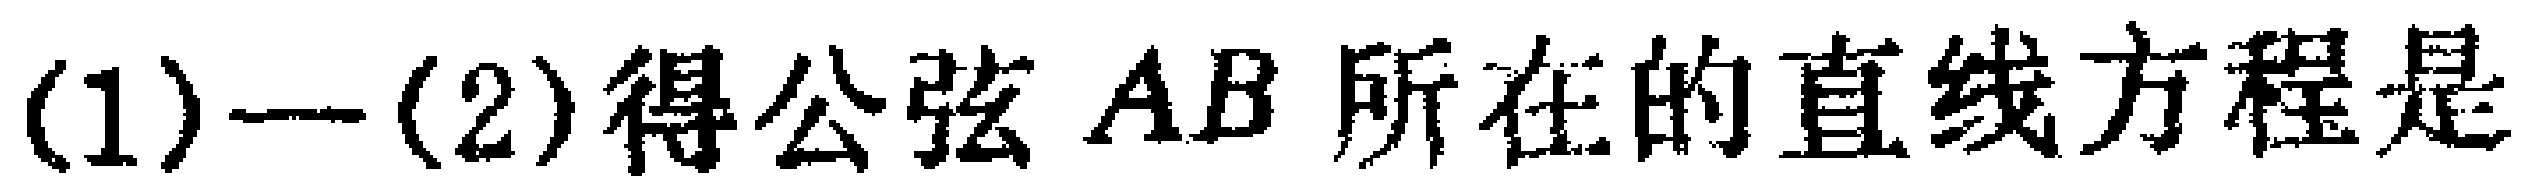
$(1)-(2)得公弦AB所在的直线方程是$